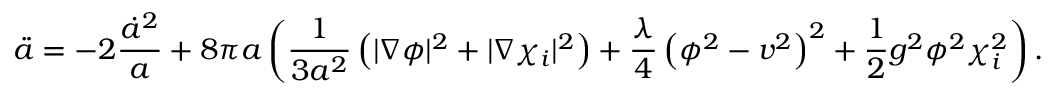
\ddot { a } = - 2 { \frac { \dot { a } ^ { 2 } } { a } } + 8 \pi a \left( { \frac { 1 } { 3 a ^ { 2 } } } \left( \vert \nabla \phi \vert ^ { 2 } + \vert \nabla \chi _ { i } \vert ^ { 2 } \right) + { \frac { \lambda } { 4 } } \left( \phi ^ { 2 } - v ^ { 2 } \right) ^ { 2 } + { \frac { 1 } { 2 } } g ^ { 2 } \phi ^ { 2 } \chi _ { i } ^ { 2 } \right) .